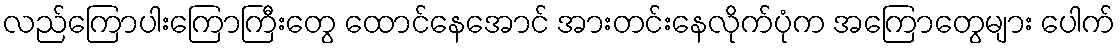
လည်ကြောပါးကြောကြီးတွေ ထောင်နေအောင် အားတင်းနေလိုက်ပုံက အကြောတွေများ ပေါက်